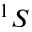
^ { 1 } S